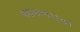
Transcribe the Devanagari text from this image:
पहाडासारखा